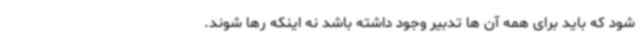
شود که باید برای همه آن ها تدبیر وجود داشته باشد نه اینکه رها شوند.